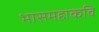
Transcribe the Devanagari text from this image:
भासमहाकवि